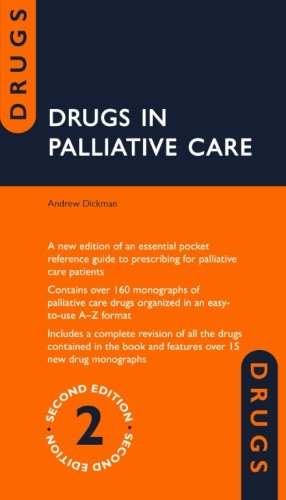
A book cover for Drugs in Palliative Care; Andrew Dickman; Medical Books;